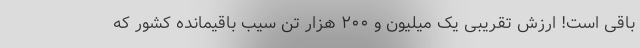
باقی است! ارزش تقریبی یک میلیون و ۲۰۰ هزار تن سیب باقیمانده کشور که